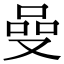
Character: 𠵬